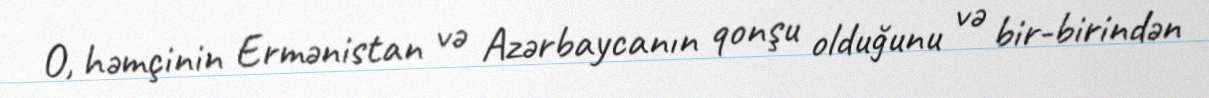
O, həmçinin Ermənistan və Azərbaycanın qonşu olduğunu və bir-birindən